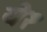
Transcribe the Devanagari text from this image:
ये१